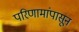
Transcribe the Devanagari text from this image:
परिणामांपासून